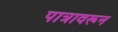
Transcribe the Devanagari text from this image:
पात्रावरून